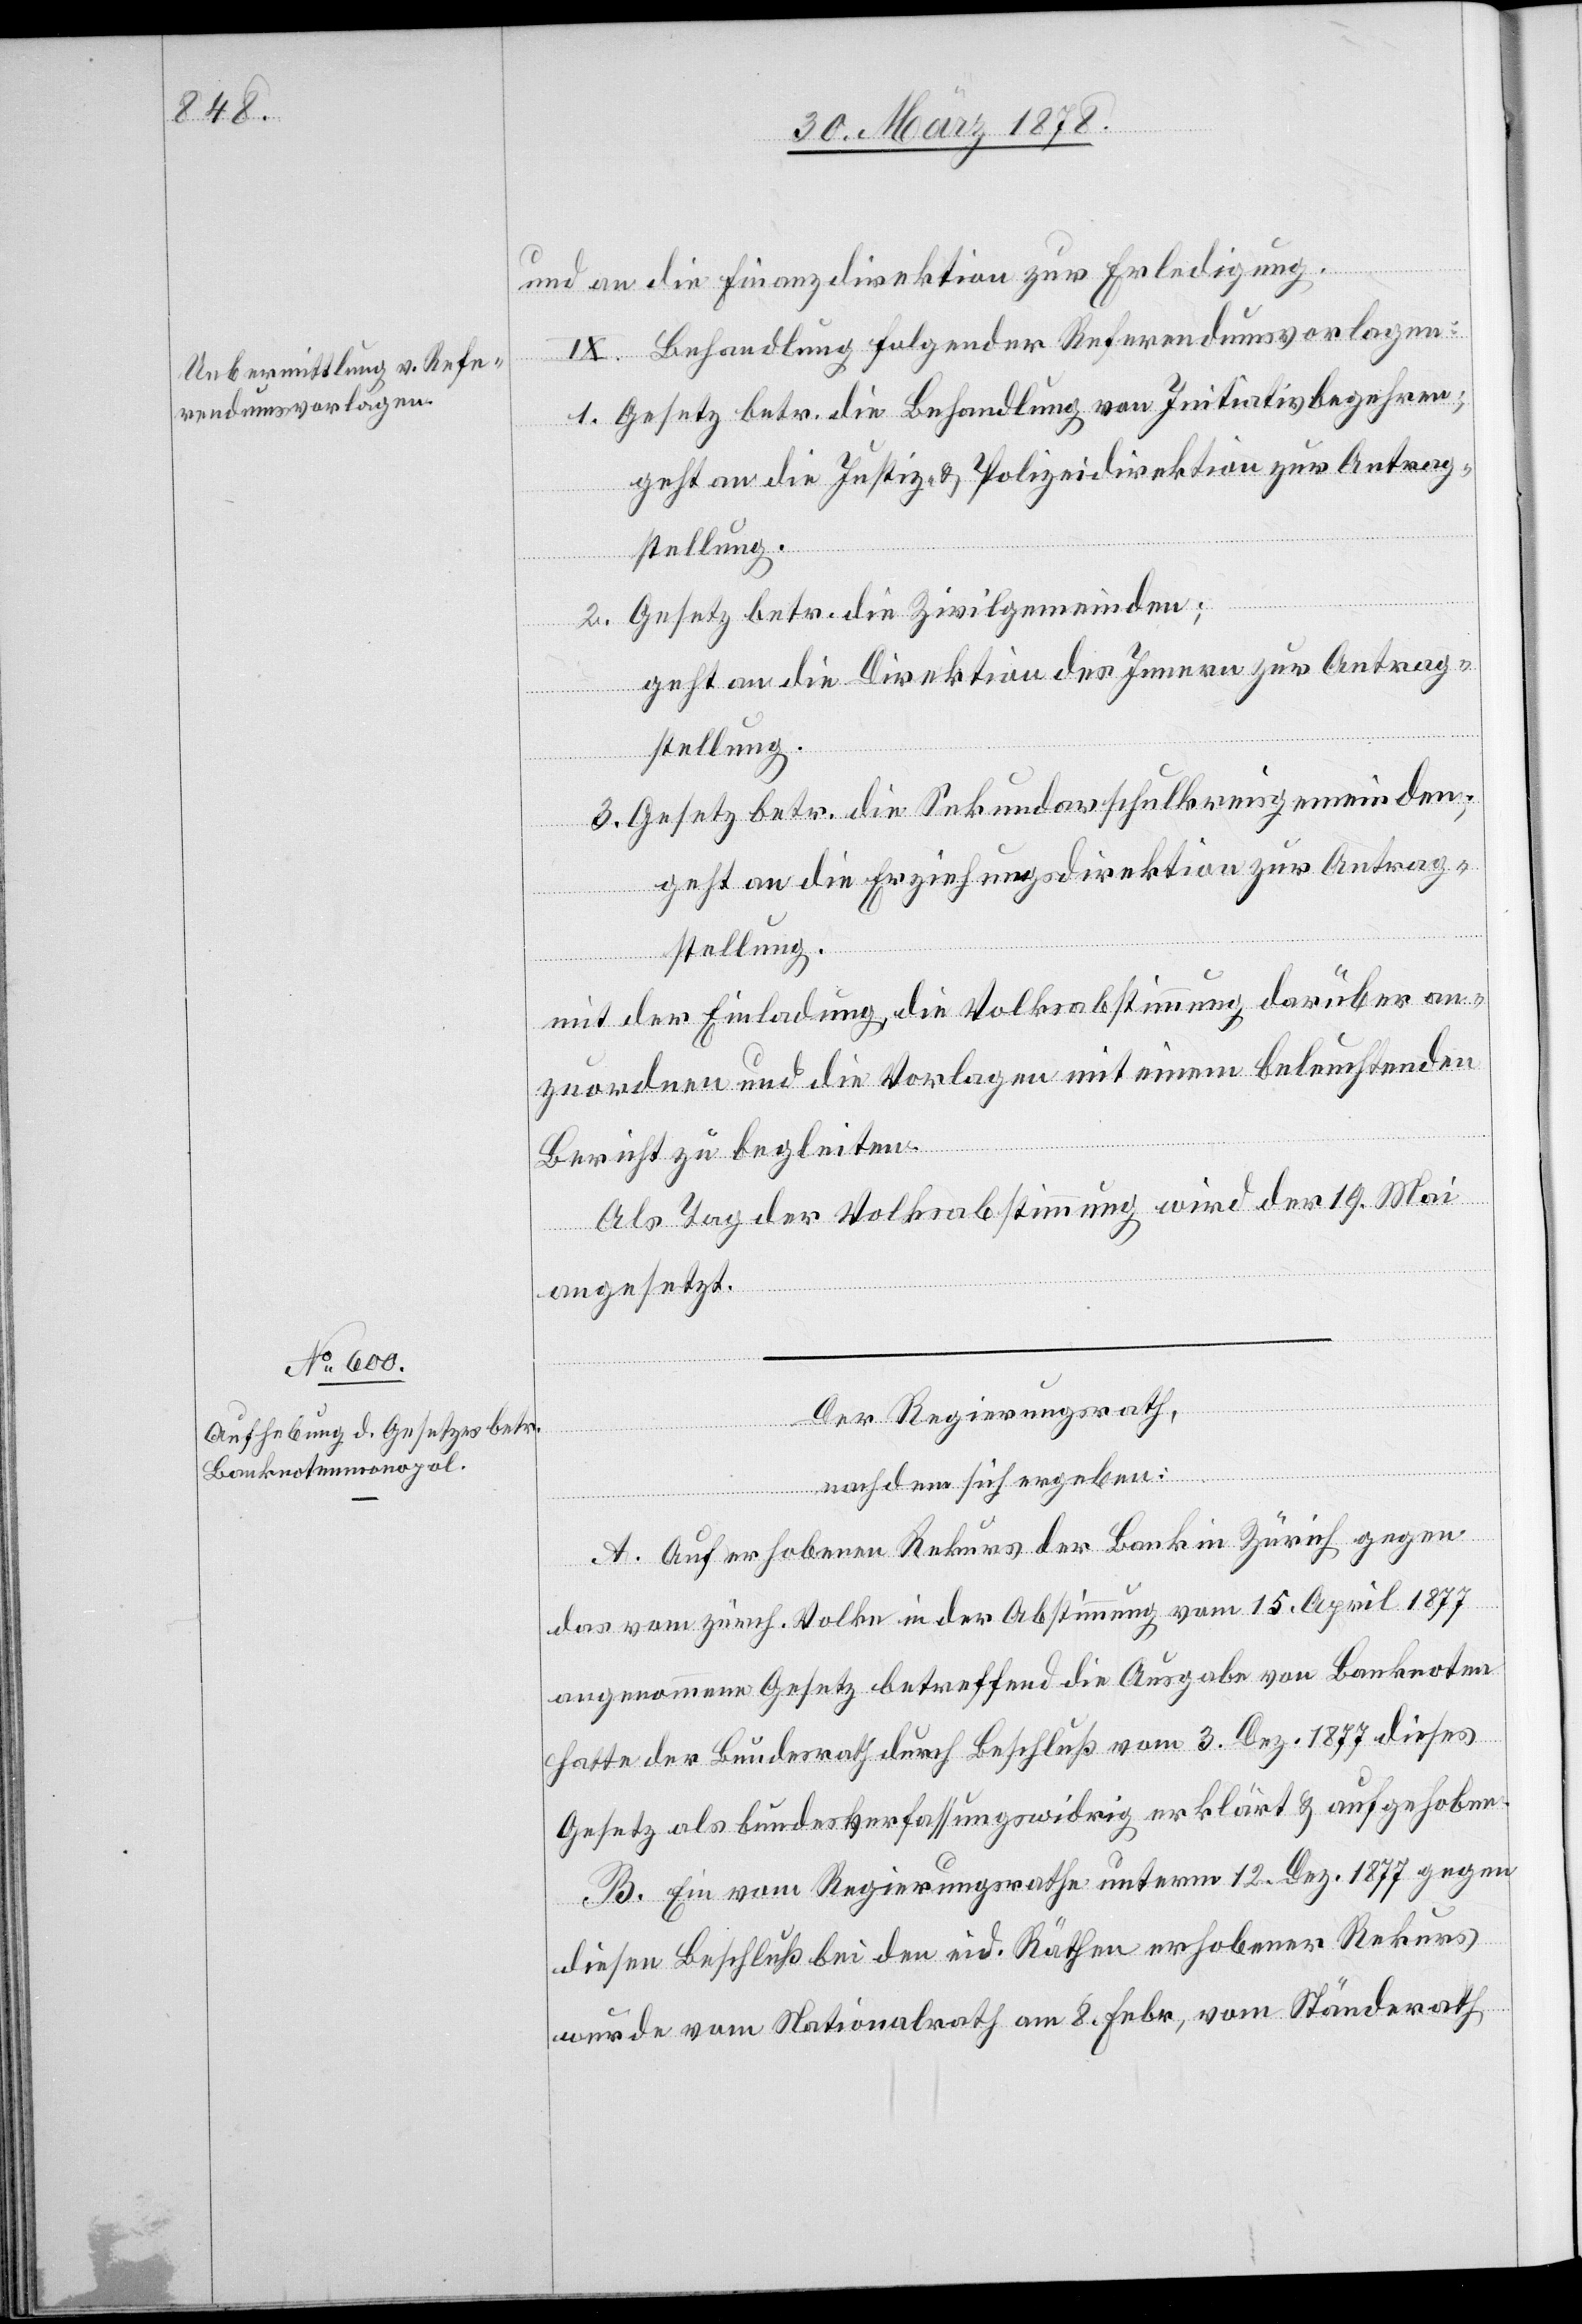
und an die Finanzdirektion zur Erledigung.
IX. Behandlung folgender Referendumsvorlagen:
1. Gesetz betr. die Behandlung von Initiativbegehren;
geht an die Justiz- & Polizeidirektion zur Antrag¬
stellung.
2. Gesetz betr. die Zivilgemeinden;
geht an die Direktion des Innern zur Antrag¬
stellung.
3. Gesetz betr. die Sekundarschulkreisgemeinden;
geht an die Erziehungsdirektion zur Antrag¬
stellung.
mit der Einladung, die Volksabstimmung darüber an¬
zuordnen und die Vorlagen mit einem beleuchtenden
Bericht zu begleiten.
Als Tag der Volksabstimmung wird der 19. Mai
angesetzt.
Der Regierungsrath,
etzung
nach dem sich ergeben:
A. Auf erhobenen Rekurs der Bank in Zürich gegen
das vom zürch. Volke in der Abstimmung vom 15. April 1877
angenommene Gesetz betreffend die Ausgabe von Banknoten
hatte der Bundesrath durch Beschluß vom 3. Dez. 1877 dieses
Gesetz als bundesverfassungswidrig erklärt & aufgehoben.
B. Ein vom Regierungsrathe unterm 12. Dez. 1877 gegen
diesen Beschluß bei den eid. Räthen erhobener Rekurs
wurde vom Nationalrath am 8. Febr., vom Ständerath